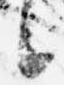
言